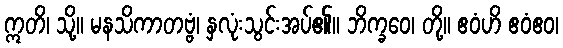
ဣတိ၊ သို့။ မနသိကာတဗ္ဗံ၊ နှလုံးသွင်းအပ်၏။ ဘိက္ခဝေ၊ တို့။ ဧဝံဟိ ဧဝံဧဝ၊